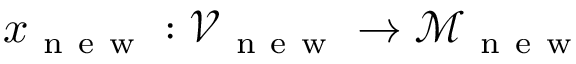
x _ { \mathrm { ~ n ~ e ~ w ~ } } : \mathcal { V } _ { \mathrm { ~ n ~ e ~ w ~ } } \to \mathcal { M } _ { \mathrm { ~ n ~ e ~ w ~ } }